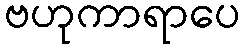
ဗဟုကာရာပေ